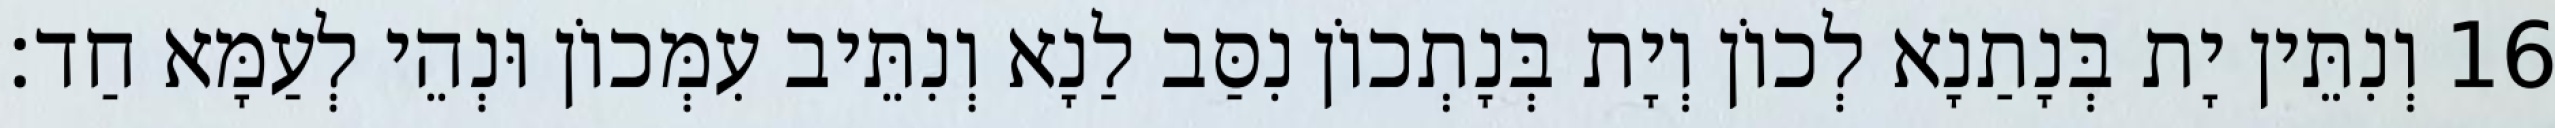
16 וְנִתֵּין יָת בְּנָתַנָא לְכוֹן וְיָת בְּנָתְכוֹן נִסַּב לַנָא וְנִתֵּיב עִמְּכוֹן וּנְהֵי לְעַמָּא חַד׃